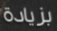
بزيادة